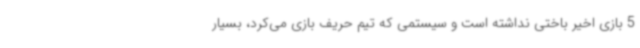
5 بازی اخیر باختی نداشته است و سیستمی که تیم حریف بازی می‌کرد، بسیار